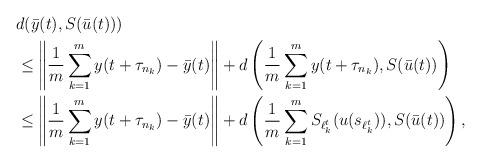
LaTeX: \begin{align*} &d(\bar{y}(t),S(\bar{u}(t)))\\ &\leq \left\lVert \frac{1}{m} \sum_{k=1}^m y(t+\tau_{n_k}) - \bar{y}(t) \right\rVert + d\left(\frac{1}{m} \sum_{k=1}^m y(t+\tau_{n_k}), S(\bar{u}(t))\right) \\&\leq \left\lVert \frac{1}{m} \sum_{k=1}^m y(t+\tau_{n_k}) - \bar{y}(t) \right\rVert + d\left(\frac{1}{m} \sum_{k=1}^m S_{\ell_k^t}(u(s_{\ell_k^t})), S(\bar{u}(t))\right),\end{align*}